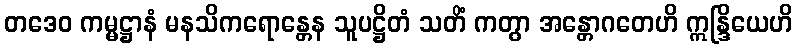
တဒေဝ ကမ္မဋ္ဌာနံ မနသိကရောန္တေန သူပဋ္ဌိတံ သတိံ ကတွာ အန္တောဂတေဟိ ဣန္ဒြိယေဟိ